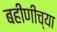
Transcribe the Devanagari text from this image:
बहीणीच्या